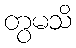
တွမသိ